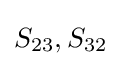
S_{23},S_{32}